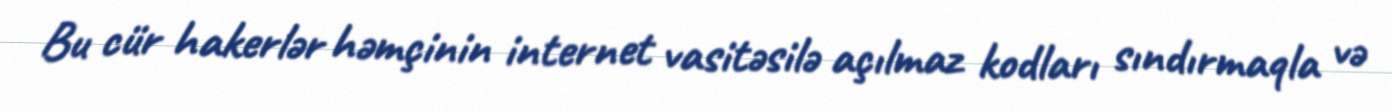
Bu cür hakerlər həmçinin internet vasitəsilə açılmaz kodları sındırmaqla və